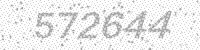
Solution: 572644